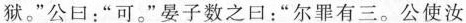
狱。”公口：”可。”晏子数之口：”尔罪有三。公使汝